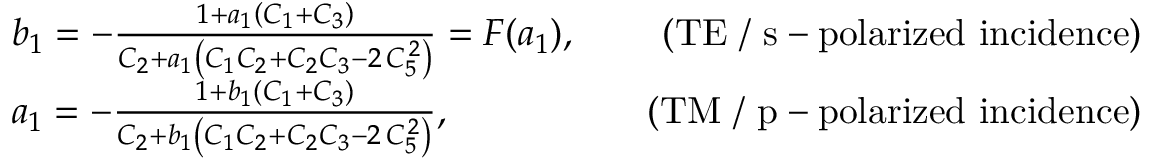
\begin{array} { r l r } & { b _ { 1 } = - \frac { 1 + a _ { 1 } \left( C _ { 1 } + C _ { 3 } \right) } { C _ { 2 } + a _ { 1 } \left( C _ { 1 } C _ { 2 } + C _ { 2 } C _ { 3 } - 2 \, C _ { 5 } ^ { \, 2 } \right) } = F ( a _ { 1 } ) , \quad } & { \mathrm { ( T E ~ / ~ s - p o l a r i z e d ~ i n c i d e n c e ) } } \\ & { a _ { 1 } = - \frac { 1 + b _ { 1 } \left( C _ { 1 } + C _ { 3 } \right) } { C _ { 2 } + b _ { 1 } \left( C _ { 1 } C _ { 2 } + C _ { 2 } C _ { 3 } - 2 \, C _ { 5 } ^ { \, 2 } \right) } , \quad } & { \mathrm { ( T M ~ / ~ p - p o l a r i z e d ~ i n c i d e n c e ) } } \end{array}